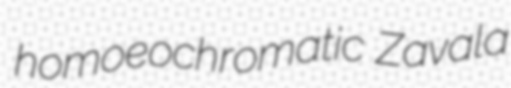
homoeochromatic Zavala